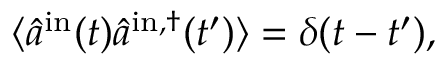
\langle \hat { a } ^ { \mathrm { i n } } ( t ) \hat { a } ^ { \mathrm { i n } , \dagger } ( t ^ { \prime } ) \rangle = \delta ( t - t ^ { \prime } ) ,